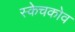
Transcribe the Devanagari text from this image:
स्केचकोव